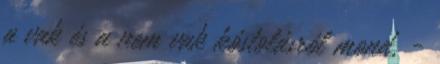
a vak és a nem vak kóstolásról mond, -